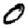
Digit: 0